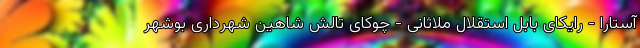
آستارا - رایکای بابل استقلال ملاثانی - چوکای تالش شاهین شهرداری بوشهر